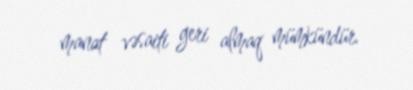
manat vəsaiti geri almaq mümkündür.